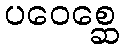
ပဝေစ္ဆေ